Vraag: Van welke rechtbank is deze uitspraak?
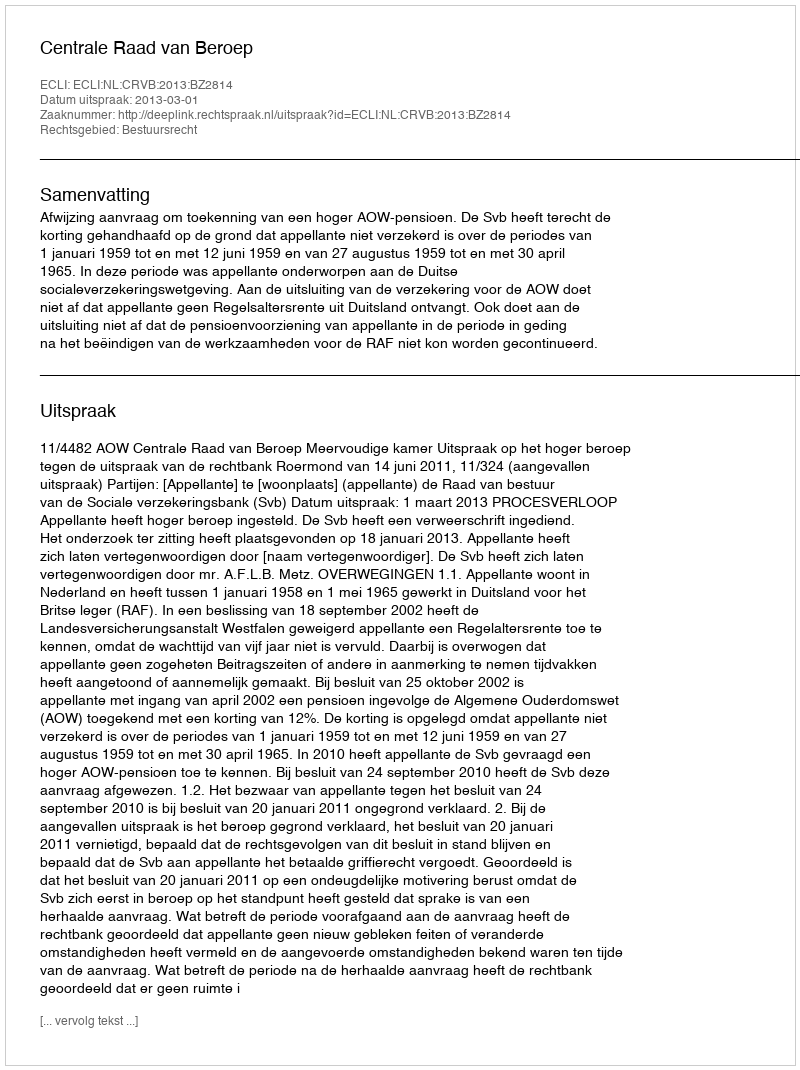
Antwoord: Centrale Raad van Beroep